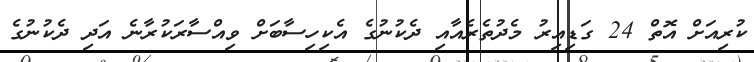
ކުރިއަށް އޮތް 24 ގަޑިއިރު މެދުތެރެއާއި ދެކުނުގެ އެކިހިސާބަށް ވިއްސާރަކުރާނެ އަދި ދެކުނުގެ